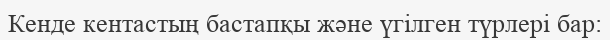
Кенде кентастың бастапқы және үгілген түрлері бар: